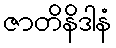
ဇာတိနိဒါနံ